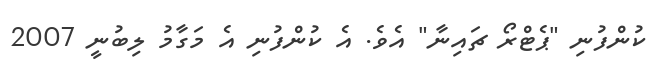
ކުންފުނި "ޕެޓްރޯ ޗައިނާ" އެވެ. އެ ކުންފުނި އެ މަގާމު ލިބުނީ 2007